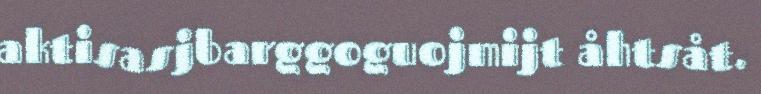
aktisasjbarggoguojmijt åhtsåt.